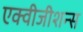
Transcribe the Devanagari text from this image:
एक्वीजीशन्स